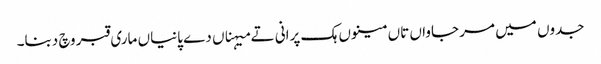
جدوں میں مر جاواں تاں مینوں ہک پرانی تے میہناں دے پانیاں ماری قبر وچ دبنا۔